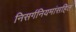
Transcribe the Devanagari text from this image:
निसर्गनियमांसहित